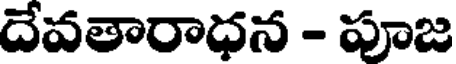
దేవతారాధన - పూజ